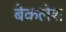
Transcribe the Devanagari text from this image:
बेकलेश